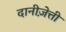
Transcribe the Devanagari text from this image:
दानीज़ेत्ती